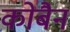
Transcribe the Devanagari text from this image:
कोबैन